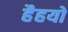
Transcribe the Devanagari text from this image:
हैहयो